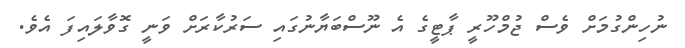
ނުހިންގުމަށް ވެސް ޖުމްހޫރީ ޕާޓީގެ އެ ނޫސްބަޔާނުގައި ސަރުކާރަށް ވަނީ ގޮވާލައިފަ އެވެ.